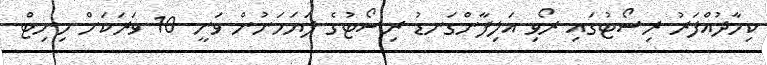
ކިހާދުއްފަރު ރިސޯޓުގައި ރޯވި އަލިފާންގަނޑު ރިސޯޓުގެ ފަޔަމަނުން ވަނީ 10 ވަރަކަށް މިނިޓް